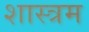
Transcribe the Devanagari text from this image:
शास्त्रम